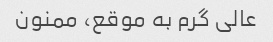
عالی گرم به موقع، ممنون